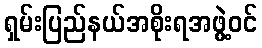
ရှမ်းပြည်နယ်အစိုးရအဖွဲ့ဝင်